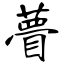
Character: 瞢